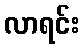
လာရင်း